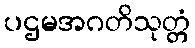
ပဌမအဂတိသုတ္တံ